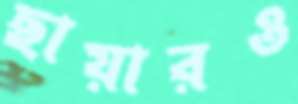
ছায়ারও